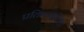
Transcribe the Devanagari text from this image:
प्रतिभाशीलता